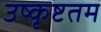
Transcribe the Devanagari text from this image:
उष्कृष्टतम